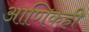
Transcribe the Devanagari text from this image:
आणिकही